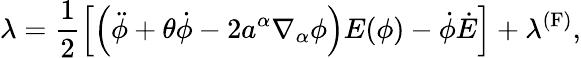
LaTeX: \lambda=\frac{1}{2}\left[\left(\ddot{\phi}+\theta\dot{\phi}-2a^{\alpha}\nabla_{\alpha}\phi\right)E(\phi)-\dot{\phi}\dot{E}\right]+\lambda^{\mathrm{(F)}},